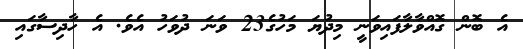
އެ ބޮން ގޮއްވާލާފައިވަނީ މިދުޔަ މަހުގެ23 ވަނަ ދުވަހު އެވެ. އެ ހާދިސާގައި